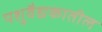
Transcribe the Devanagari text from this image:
पशुवैद्यकातील